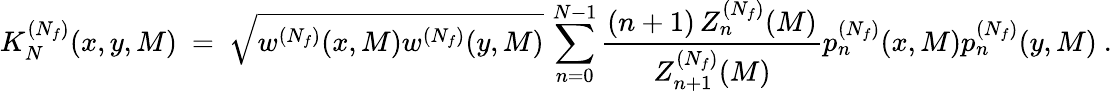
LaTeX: K_{N}^{(N_{f})}(x,y,M)\ =\ \sqrt{w^{(N_{f})}(x,M)w^{(N_{f})}(y,M)}\, \sum_{n=0}^{N-1}\frac{(n+1)\, Z_{n}^{(N_{f})}(M)}{Z_{n+1}^{(N_{f})}(M)}p_{n}^{(N_{f})}(x,M)p_{n}^{(N_{f})}(y,M)\ .